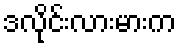
ဒလိုင်းလားမားက